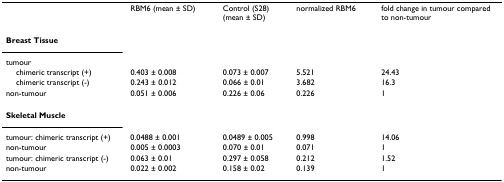
<table><thead><tr><td></td><td><b>RBM6 (mean ± SD)</b></td><td><b>Control (S28) (mean ± SD)</b></td><td><b>normalized RBM6</b></td><td><b>fold change in tumour compared to non-tumour</b></td></tr></thead><tbody><tr><td><b>Breast Tissue</b></td><td></td><td></td><td></td><td></td></tr><tr><td>tumour</td><td></td><td></td><td></td><td></td></tr><tr><td> chimeric transcript (+)</td><td>0.403 ± 0.008</td><td>0.073 ± 0.007</td><td>5.521</td><td>24.43</td></tr><tr><td> chimeric transcript (-)</td><td>0.243 ± 0.012</td><td>0.066 ± 0.01</td><td>3.682</td><td>16.3</td></tr><tr><td>non-tumour</td><td>0.051 ± 0.006</td><td>0.226 ± 0.06</td><td>0.226</td><td>1</td></tr><tr><td><b>Skeletal Muscle</b></td><td></td><td></td><td></td><td></td></tr><tr><td>tumour: chimeric transcript (+)</td><td>0.0488 ± 0.001</td><td>0.0489 ± 0.005</td><td>0.998</td><td>14.06</td></tr><tr><td>non-tumour</td><td>0.005 ± 0.0003</td><td>0.070 ± 0.01</td><td>0.071</td><td>1</td></tr><tr><td>tumour: chimeric transcript (-)</td><td>0.063 ± 0.01</td><td>0.297 ± 0.058</td><td>0.212</td><td>1.52</td></tr><tr><td>non-tumour</td><td>0.022 ± 0.002</td><td>0.158 ± 0.02</td><td>0.139</td><td>1</td></tr></tbody></table>